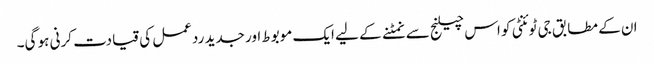
ان کے مطابق جی ٹوئنٹی کو اس چیلنج سے نمٹنے کے لیے ایک موبوط اور جدید ردعمل کی قیادت کرنی ہو گی۔